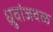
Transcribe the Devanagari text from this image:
ध्रुवांजवळ